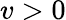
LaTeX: v>0